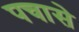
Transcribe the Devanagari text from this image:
पचासे